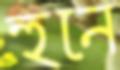
হুনে